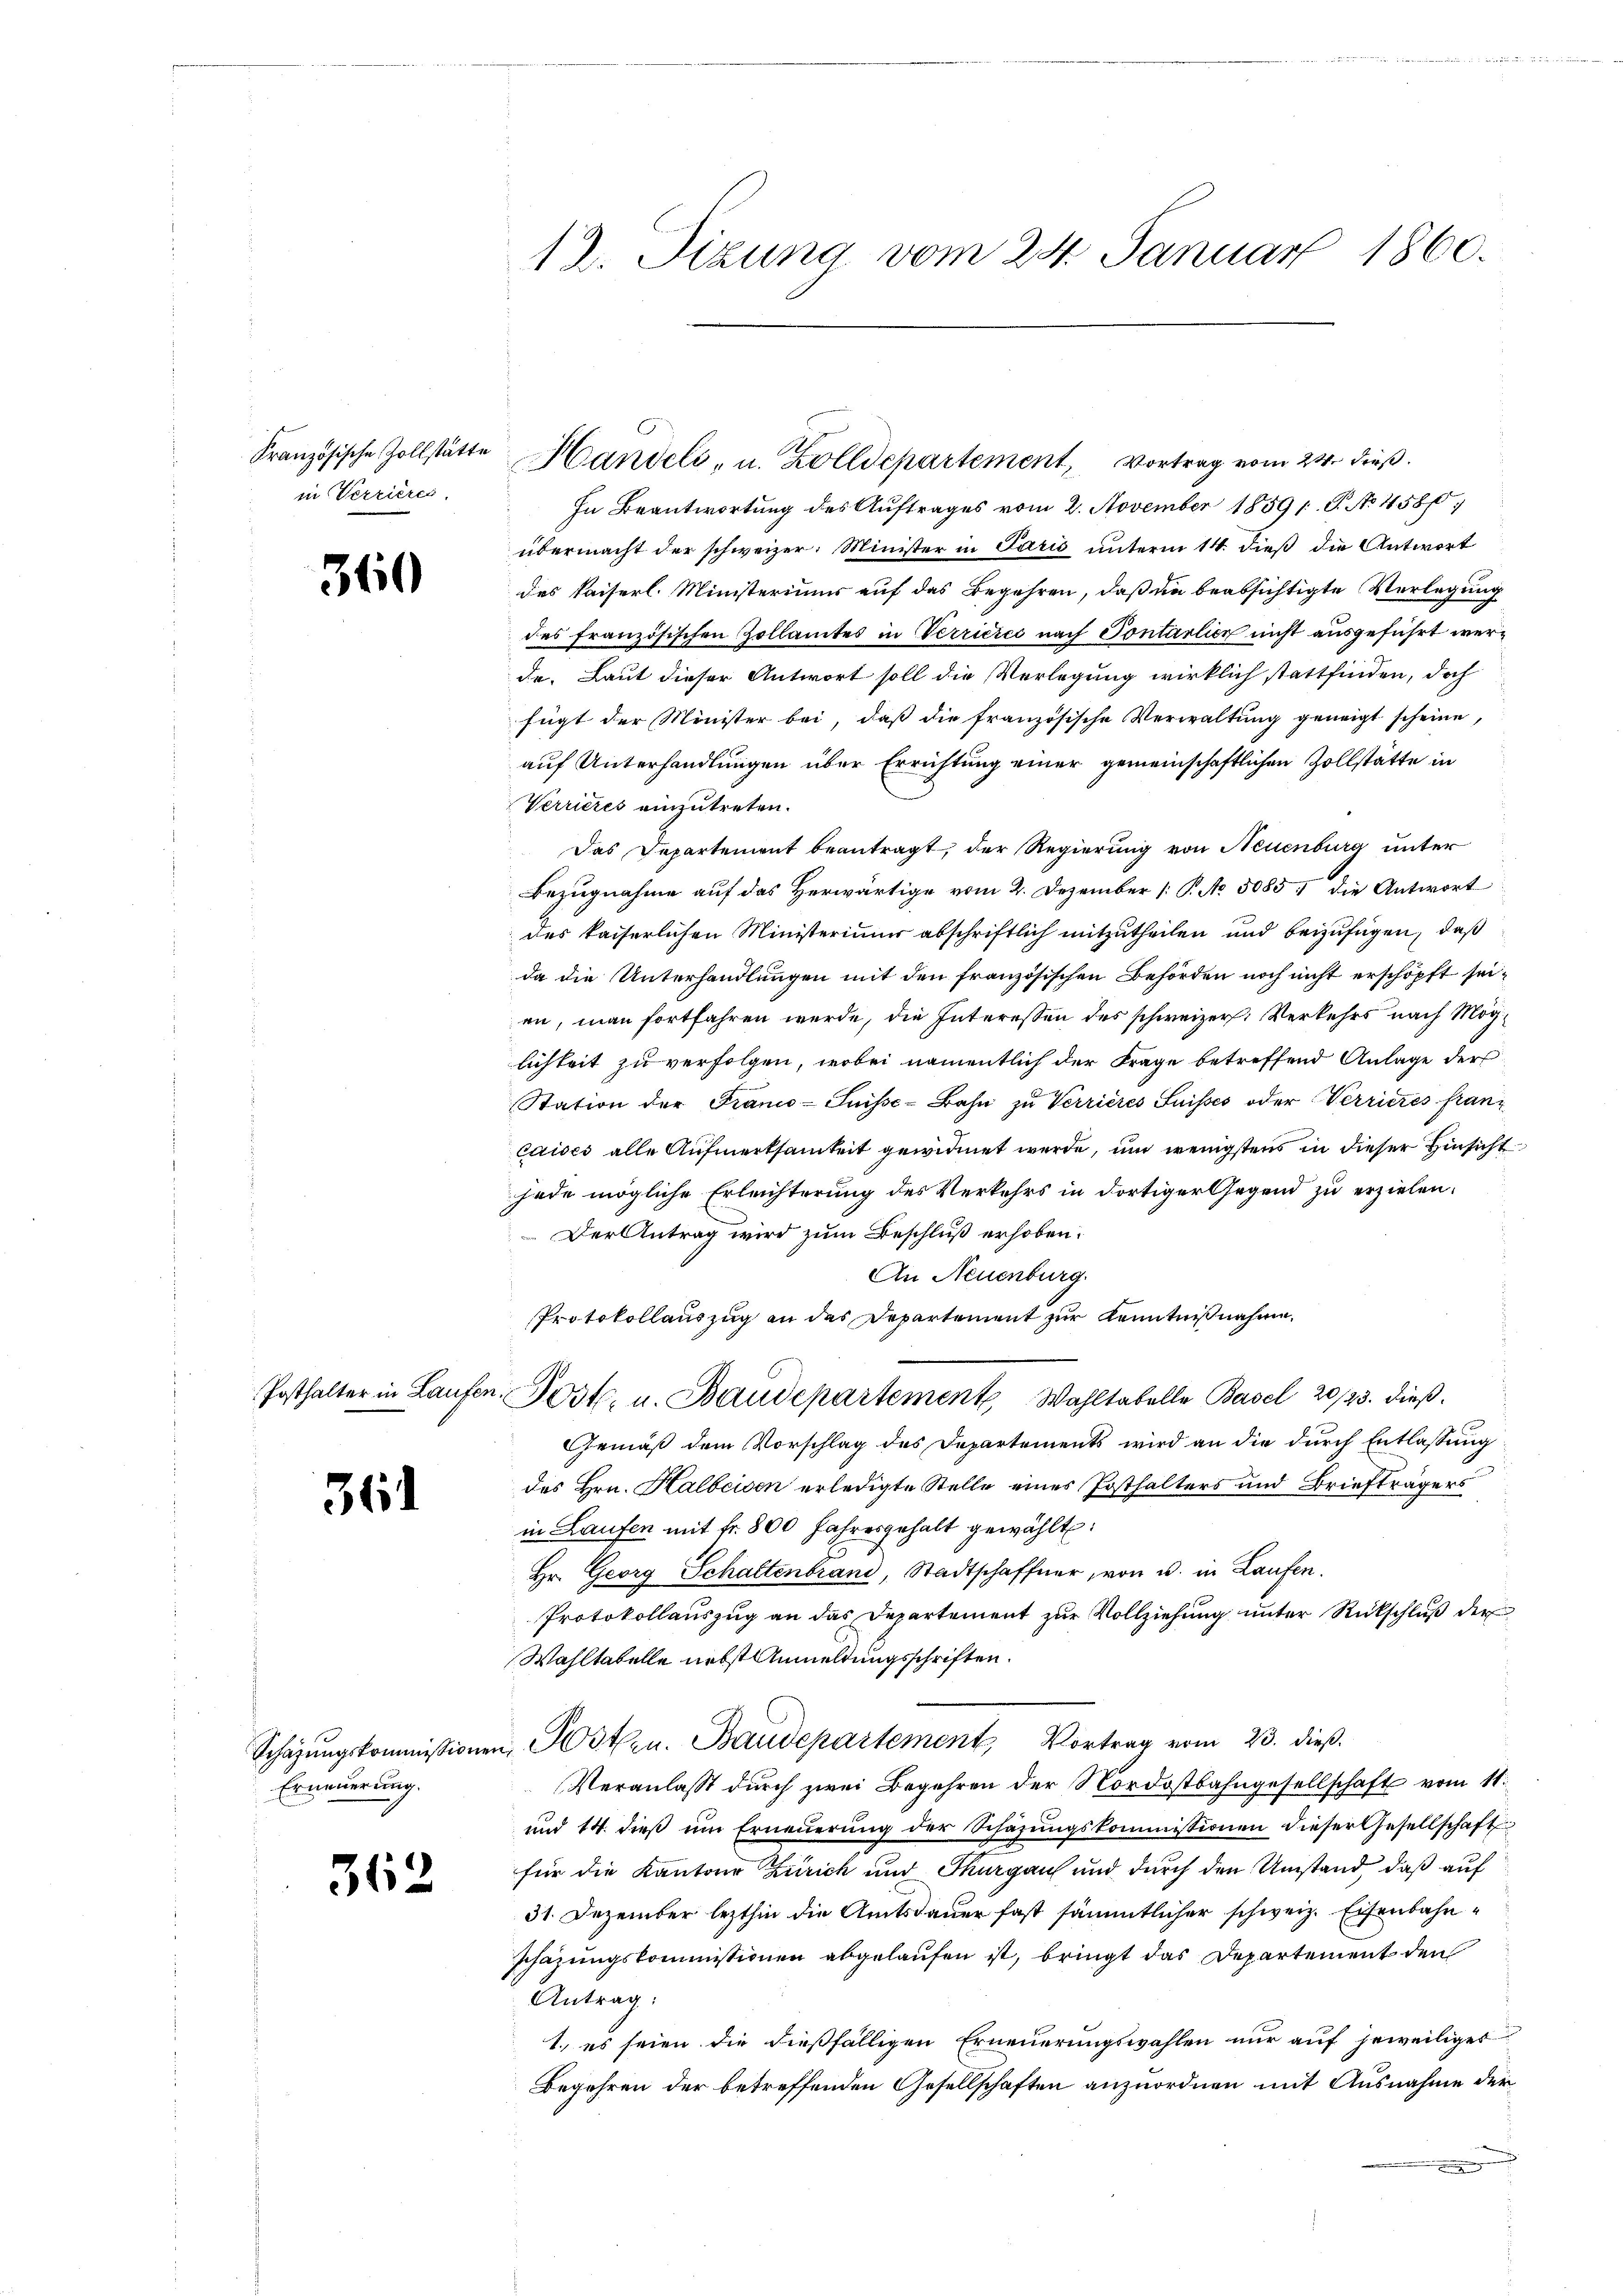
in Verrières.

310

361

Erneuerung.

362

12. Sizung vom 24. Januar 1860.

In Beantwortung des Auftrages vom 2. November 1859 1 S. No 458
übermacht der schweizer. Minister in Paris unterm 14. dieß die Antwort
des Kaiserl. Ministeriums auf das Begehren, daß in beabsichtigte Verlegung
des französischen Zollamtes in Verricies nach Sontarlier nicht ausgeführt werde. Laut dieser Antwort soll die Verlegung wirklich stattfinden, doch
fügt der Minister bei, daß die französische Verwaltung geneigt scheine,
auf Unterhandlungen über Errichtung einer gemeinschaftlichen Zollstätte in
Verrieres einzutreten.
Das Departement beantragt, der Regierung von Neuenburg unter
Bezugnahme auf das Herwärtige vom 2. Dezember 1 P. No. 5085. die Antwort
des kaiserlichen Ministeriums abschriftlich mitzutheilen und beizufügen, daß
da die Unterhandlungen mit den französischen Behörden noch nicht erschöpft seien, man fortfahren werde, die Interessen des schweizer. Verkehrs nach Möglichkeit zu verfolgen, wobei namentlich der Frage betreffend Anlage der
Station der Franco-Suisse-Bahn zu Verrieres Suisses oder Verrieres franz
Caisci alle Aufmerksamkeit gewidmet werde, und wenigstens in dieser Hinsicht
jede mögliche Erleichterung des Verkehrs in dortiger Gegend zu erzielen.
Der Antrag wird zum Beschluß erhoben.
An Neuenburg.
Protokollauszug an das Departement zur Kenntnißnahme,
Posthalter in Laufen Post. u. Baudepartemente Wahltabelle Basel 20/23. dieß¬
Gemäß dem Vorschlag des Departements wird an die durch Entlassung
des Hrn. Halbeiden erledigte Stelle eines Posthalters und Briefträgers
in Laufen mit fr. 800 Jahresgehalt gewählt:
Hr. Georg Schaltenbrand, Stadtschaffner, von u. in Laufen.
Protokollauszug an das Departement zur Vollziehung unter Rückschluß der
Wahltabelle nebst Anmeldungsschriften.
Schäzŭngskommissionen Posten. Baudepartement, Vortrag vom 23. dieß.
Veranlass durch zwei Begehren der Nordostbahngesellschaft vom 11.
und 14. dieβ ŭm Erneŭerŭng der Schäzŭngskommissionen dieser Gesellschaft
für die Kantons Zürich und Thurgau und durch den Umstand, daß auf
31. Dezember lezthin die Amtsdauer fast sämmtlicher schweiz. Eisenbahnschazungskommissionen abgelaufen ist, bringt das Departement den
Antrag:
1., es seien die dießfälligen Erneuerungswahlen nur auf jeweiliges
Begehren der betreffenden Gesellschaften anzuordnen mit Ausnahme der

.
Französische Zollstätte Handels- u. Zolldepartement, Vortrag vom 24. dieβ.